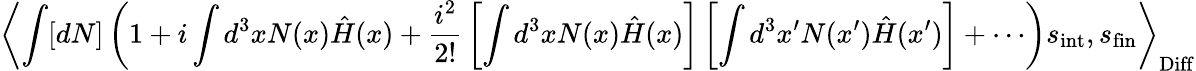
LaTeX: \left\langle\int[dN]\left(1+i\int d^{3}xN(x){\hat{H}}(x)+{\frac{i^{2}}{2!}}\left[\int d^{3}xN(x){\hat{H}}(x)\right]\left[\int d^{3}x^{\prime}N(x^{\prime}){\hat{H}}(x^{\prime})\right]+\cdots\right)s_{\mathrm{int}},s_{\mathrm{fin}}\right\rangle_{\mathrm{Diff}}